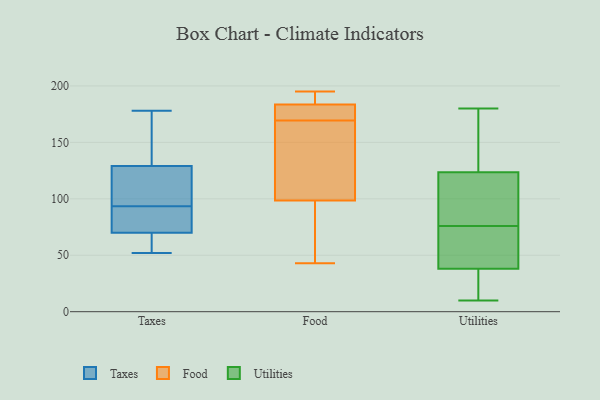
{"axis": {"x": "Bounce Rate (%)", "y": "Value"}, "legend": ["Food", "Taxes", "Utilities"], "data": [{"x": "", "y": 94, "type": "Taxes"}, {"x": "", "y": 97, "type": "Taxes"}, {"x": "", "y": 93, "type": "Taxes"}, {"x": "", "y": 67, "type": "Taxes"}, {"x": "", "y": 70, "type": "Taxes"}, {"x": "", "y": 52, "type": "Taxes"}, {"x": "", "y": 93, "type": "Taxes"}, {"x": "", "y": 138, "type": "Taxes"}, {"x": "", "y": 129, "type": "Taxes"}, {"x": "", "y": 178, "type": "Taxes"}, {"x": "", "y": 195, "type": "Food"}, {"x": "", "y": 174, "type": "Food"}, {"x": "", "y": 135, "type": "Food"}, {"x": "", "y": 182, "type": "Food"}, {"x": "", "y": 185, "type": "Food"}, {"x": "", "y": 195, "type": "Food"}, {"x": "", "y": 165, "type": "Food"}, {"x": "", "y": 111, "type": "Food"}, {"x": "", "y": 81, "type": "Food"}, {"x": "", "y": 43, "type": "Food"}, {"x": "", "y": 86, "type": "Food"}, {"x": "", "y": 176, "type": "Food"}, {"x": "", "y": 92, "type": "Utilities"}, {"x": "", "y": 63, "type": "Utilities"}, {"x": "", "y": 124, "type": "Utilities"}, {"x": "", "y": 22, "type": "Utilities"}, {"x": "", "y": 171, "type": "Utilities"}, {"x": "", "y": 122, "type": "Utilities"}, {"x": "", "y": 86, "type": "Utilities"}, {"x": "", "y": 180, "type": "Utilities"}, {"x": "", "y": 84, "type": "Utilities"}, {"x": "", "y": 76, "type": "Utilities"}, {"x": "", "y": 60, "type": "Utilities"}, {"x": "", "y": 73, "type": "Utilities"}, {"x": "", "y": 26, "type": "Utilities"}, {"x": "", "y": 10, "type": "Utilities"}, {"x": "", "y": 162, "type": "Utilities"}, {"x": "", "y": 32, "type": "Utilities"}, {"x": "", "y": 125, "type": "Utilities"}, {"x": "", "y": 56, "type": "Utilities"}, {"x": "", "y": 31, "type": "Utilities"}]}